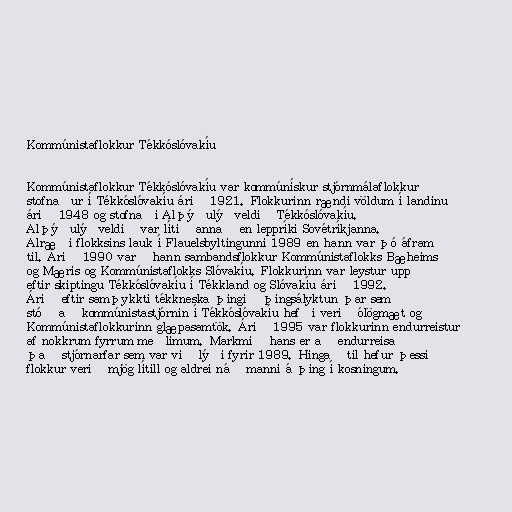
Kommúnistaflokkur Tékkóslóvakíu

Kommúnistaflokkur Tékkóslóvakíu var kommúnískur stjórnmálaflokkur
stofnaður í Tékkóslóvakíu árið 1921. Flokkurinn rændi völdum í landinu
árið 1948 og stofnaði Alþýðulýðveldið Tékkóslóvakíu.
Alþýðulýðveldið var lítið annað en leppríki Sovétríkjanna.
Alræði flokksins lauk í Flauelsbyltingunni 1989 en hann var þó áfram
til. Árið 1990 varð hann sambandsflokkur Kommúnistaflokks Bæheims
og Mæris og Kommúnistaflokks Slóvakíu. Flokkurinn var leystur upp
eftir skiptingu Tékkóslóvakíu í Tékkland og Slóvakíu árið 1992.
Árið eftir samþykkti tékkneska þingið þingsályktun þar sem
stóð að kommúnistastjórnin í Tékkóslóvakíu hefði verið ólögmæt og
Kommúnistaflokkurinn glæpasamtök. Árið 1995 var flokkurinn endurreistur
af nokkrum fyrrum meðlimum. Markmið hans er að endurreisa
það stjórnarfar sem var við lýði fyrir 1989. Hingað til hefur þessi
flokkur verið mjög lítill og aldrei náð manni á þing í kosningum.